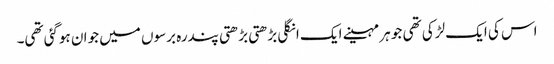
اس کی ایک لڑکی تھی جو ہر مہینے ایک انگلی بڑھتی بڑھتی پندرہ برسوں میں جوان ہوگئی تھی۔